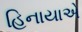
હિનાયાએ